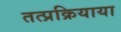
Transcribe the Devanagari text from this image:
तत्प्रक्रियाया